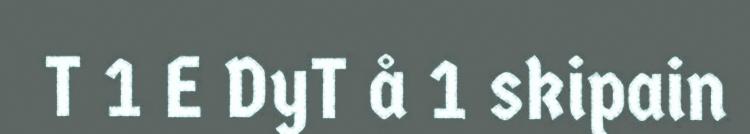
T 1 E DyT å 1 skipain